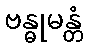
ဗန္ဓုမန္တံ